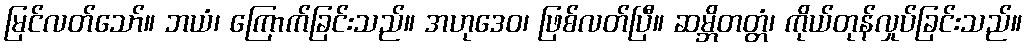
မြင်လတ်သော်။ ဘယံ၊ ကြောက်ခြင်းသည်။ အဟုဒေဝ၊ ဖြစ်လတ်ပြီ။ ဆမ္ဘိတတ္တံ၊ ကိုယ်တုန်လှုပ်ခြင်းသည်။